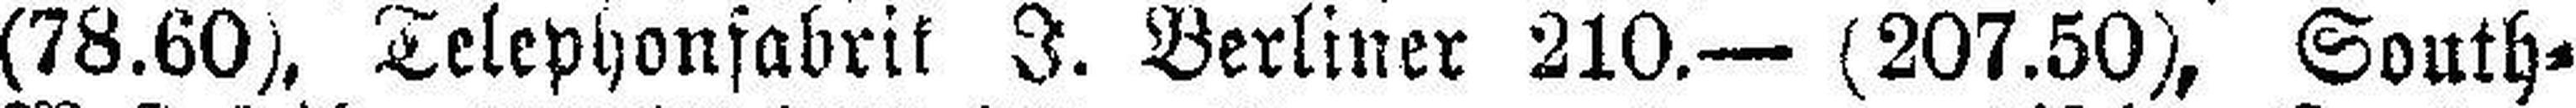
(78.60), Telephonfabrik I. Berliner 210.— (207.50), South=